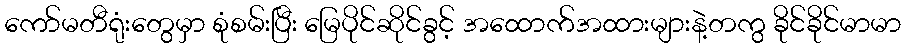
ကော်မတီရုံးတွေမှာ စုံစမ်းပြီး မြေပိုင်ဆိုင်ခွင့် အထောက်အထားများနဲ့တကွ ခိုင်ခိုင်မာမာ